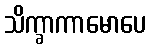
သိက္ခာကာမောပေ